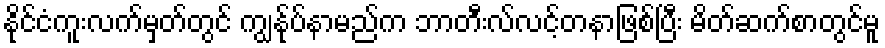
နိုင်ငံကူးလက်မှတ်တွင် ကျွန်ုပ်နာမည်က ဘာတီးလ်လင့်တနာဖြစ်ပြီး မိတ်ဆက်စာတွင်မူ